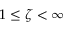
1 \leq \zeta < \infty